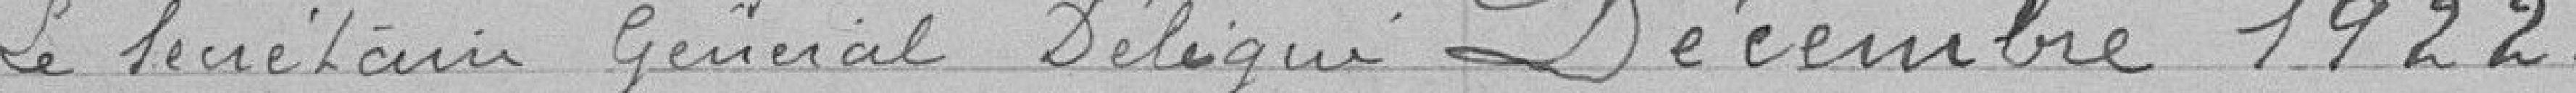
Le Secrétaire Général Délégué Décembre 1922.